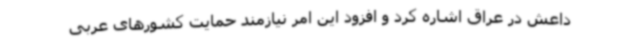
داعش در عراق اشاره کرد و افزود این امر نیازمند حمایت کشورهای عربی